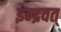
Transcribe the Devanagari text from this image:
इन्द्रवत्